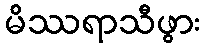
မိဿရာသီဖွား